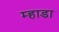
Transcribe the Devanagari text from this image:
म्हाडा